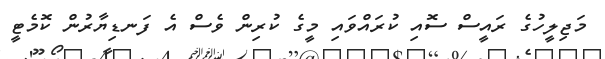
މަޖިލީހުގެ ރައީސް ސޮއި ކުރައްވައި މީގެ ކުރިން ވެސް އެ ފަނޑިޔާރުން ކޮމެޓީ